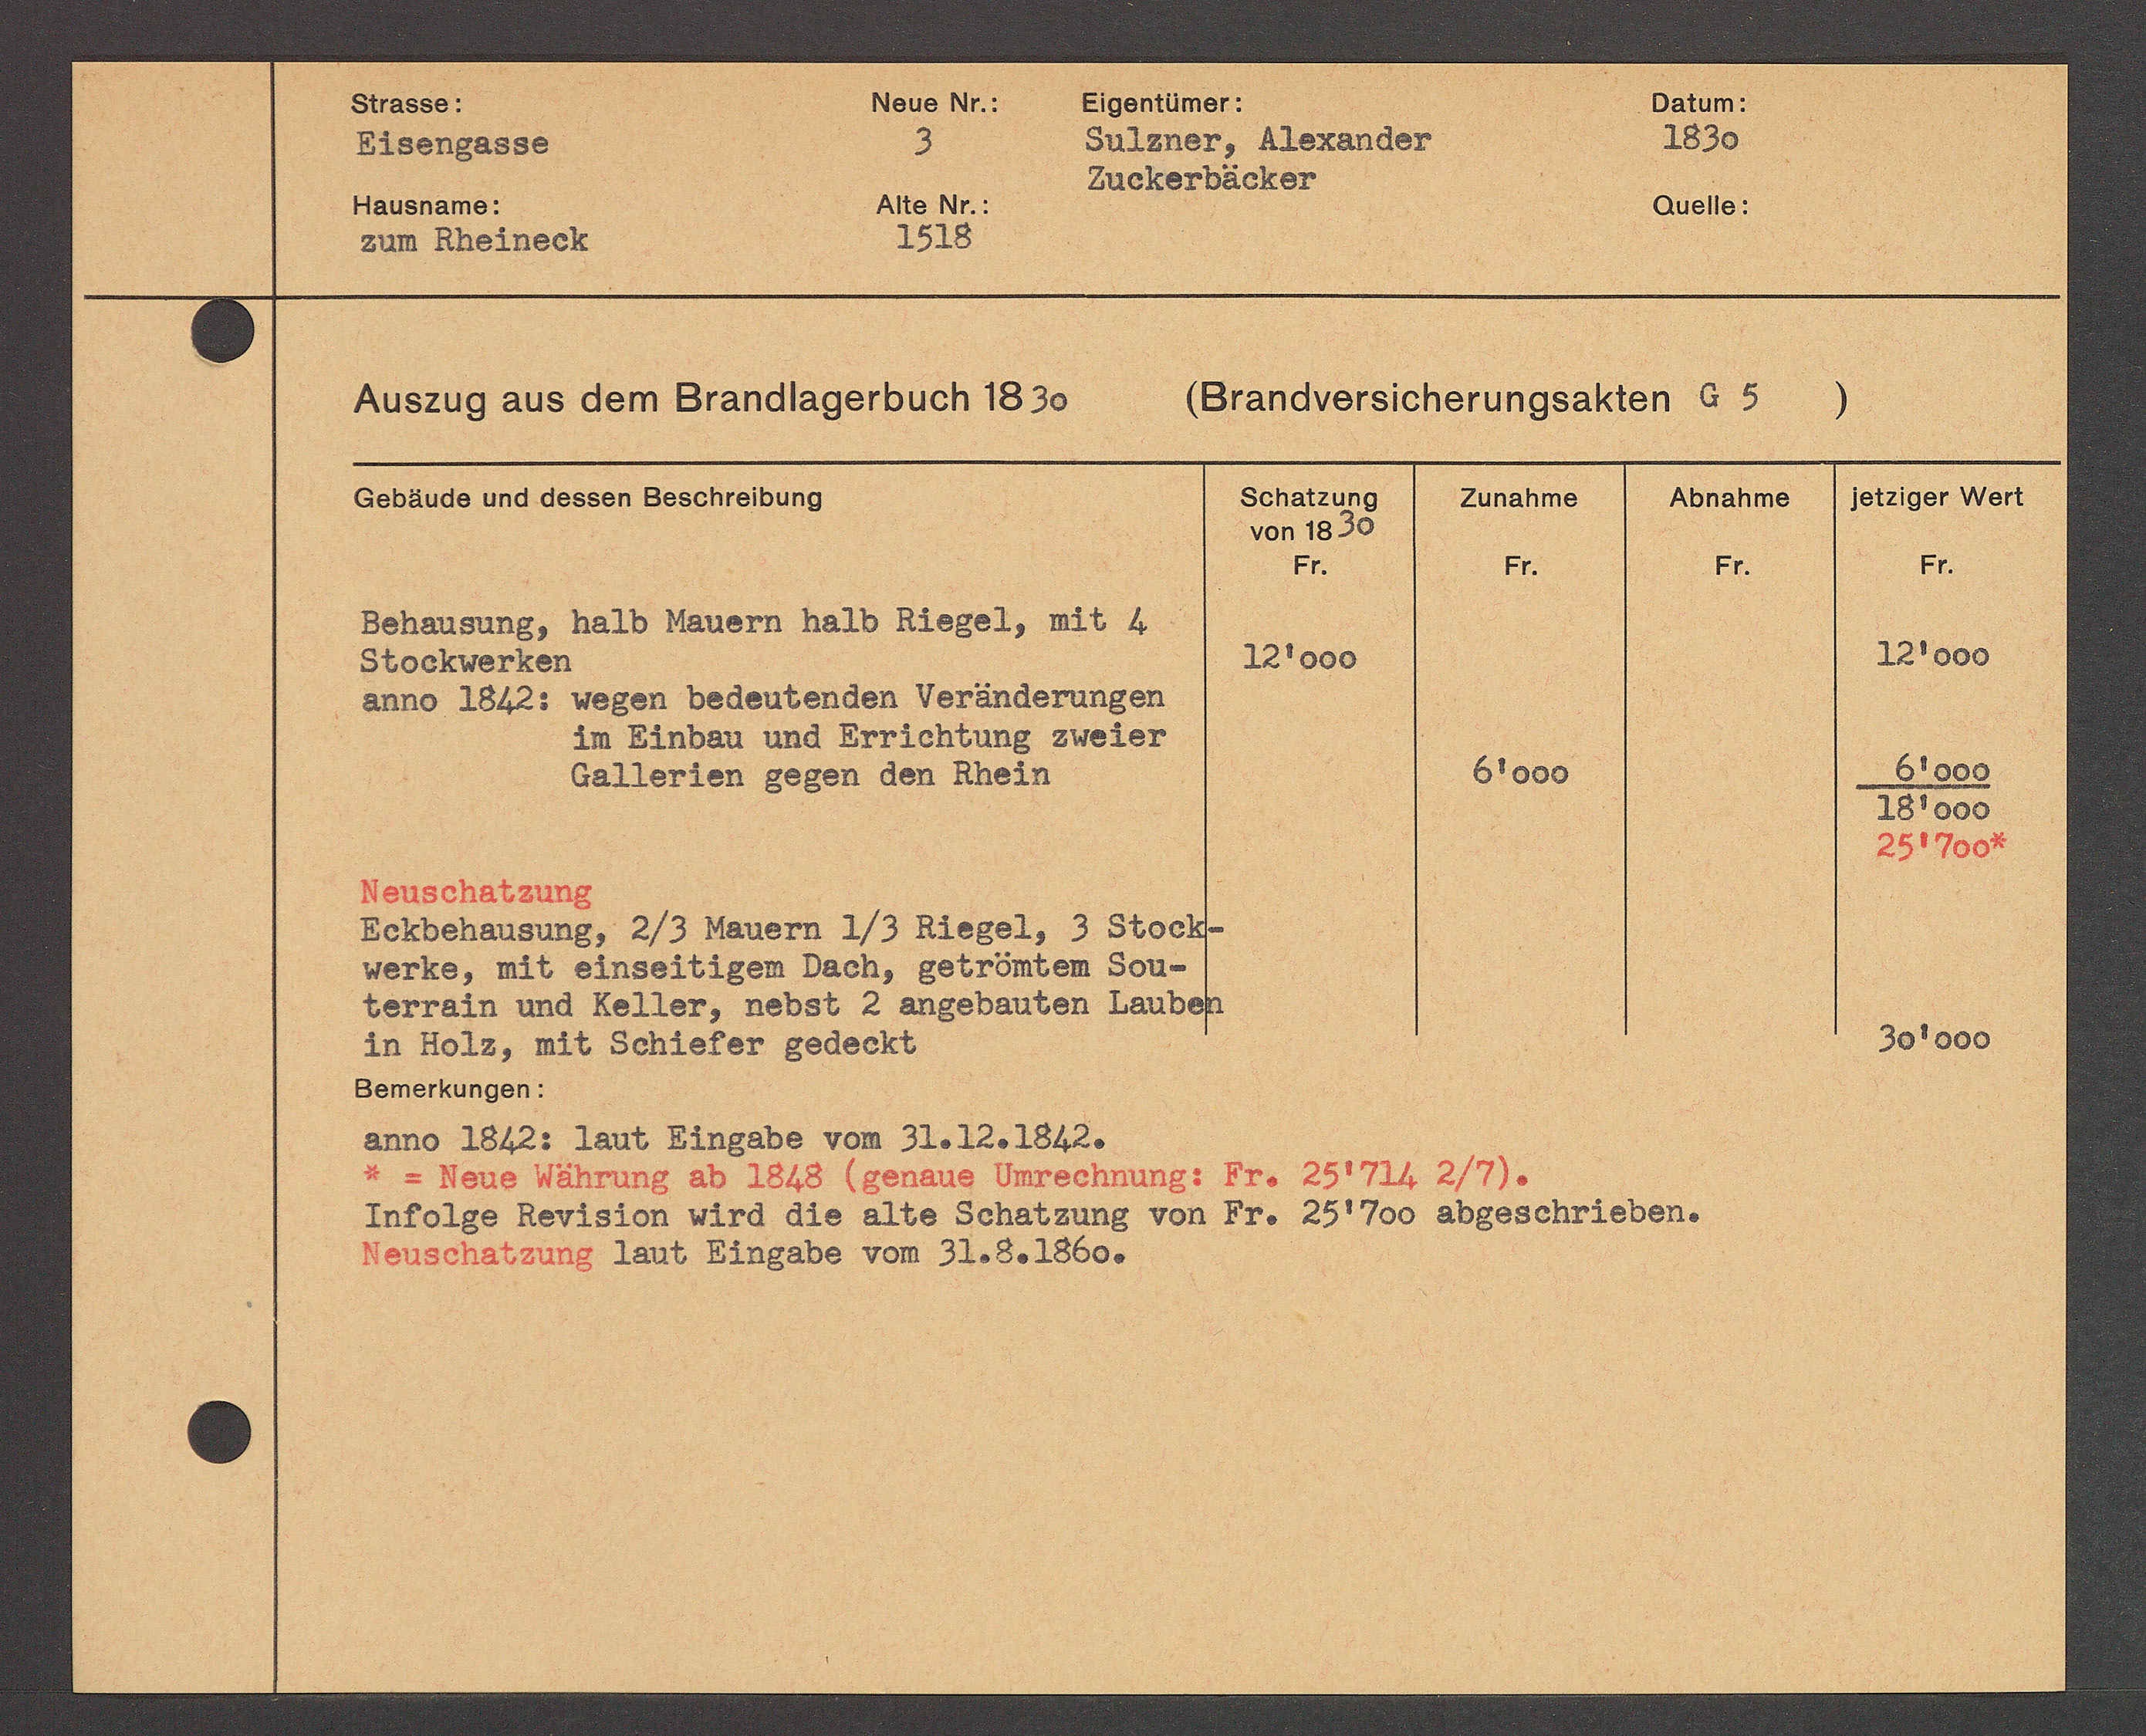
Transcript:
3
5250 4 ℔ 2530
140 4.
112451 Au0.
2528
EA RASEADEB.

SRUBNDEs 12049
EOkoSDäcko

DANANOISERSTUNGSABUCH b 5
HASEUG AAS ASR STANDBAGSNDUCH BB3o
7.
564 A12 440
1012190 WoII
Cobinoo Nd dossen DoSENDBUr
104 A 140
2242 /1540
40v 1 ℔ 30
61.
61.
84.
61.
Sohauditb, Batt Havon Barb Riobo2, N221.
221000
221000
STOORNDERCH
ADD ADAES DDDDT BADDDESUDER WATAUADBUNDBU
DD DTADAU ADD BDBUCHEUDE BNDUDB
61000
Ca TESTADT BADER der RASEL.
61000
281000
25 17002
DBASEBAEBUC
Dottshausunb. 2/3 Hansrg 2ß 240802, J 5200 14
WOtte, Nic ASOEEEber Dach. BobrIIIII Dor
EDDTADD D DDTADE. HDDSE E ADDDBUCDH TAUDAB
301000
D DDTE, W24 SettoTor Bod00l
onorhungen.
Anno TObas Jacl E24bab vor 32. 22 256 20
z= Hans Wahrung ao 1843 Coraus Prochrund: 82 251726 2 1770
ENDDTTo RovISTOR NESd die ADEo SCDBUBUDD DER BE ESDD ADDDSCHEUDDBU
Vonschatzins Lacl D246abo vor 32. Ao 13600

A110/1